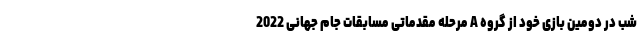
شب در دومین بازی خود از گروه A مرحله مقدماتی مسابقات جام جهانی 2022